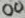
Text: 00